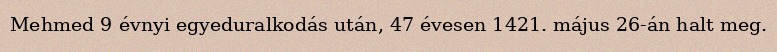
Mehmed 9 évnyi egyeduralkodás után, 47 évesen 1421. május 26-án halt meg.